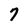
Character: 7